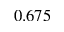
0 . 6 7 5